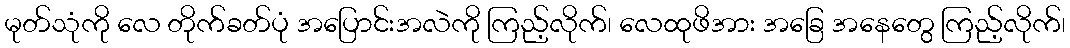
မုတ်သုံကို လေ တိုက်ခတ်ပုံ အပြောင်းအလဲကို ကြည့်လိုက်၊ လေထုဖိအား အခြေ အနေတွေ ကြည့်လိုက်၊